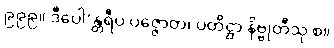
၉၉၉။ ဒီပေါ’န္တရီပ ပဇ္ဇောတ၊ ပတိဋ္ဌာ နိဗ္ဗုတီသု စ။